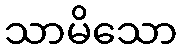
သာမိသော